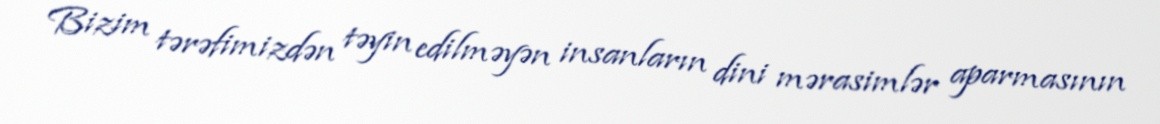
Bizim tərəfimizdən təyin edilməyən insanların dini mərasimlər aparmasının